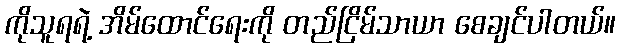
ကိုသူရရဲ့ အိမ်ထောင်ရေးကို တည်ငြိမ်သာယာ စေချင်ပါတယ်။